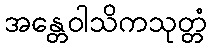
အန္တေဝါသိကသုတ္တံ